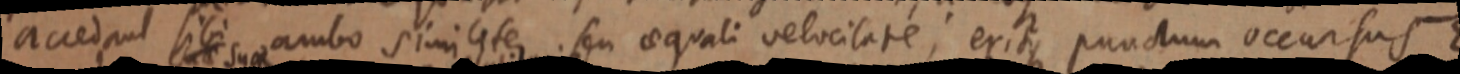
accedant sibi ambo similiter seu aequali velocilate; eritque punctum occursus